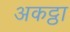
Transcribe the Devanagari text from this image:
अकट्ठा